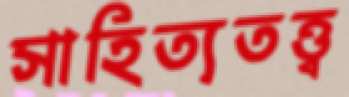
সাহিত্যতত্ত্ব